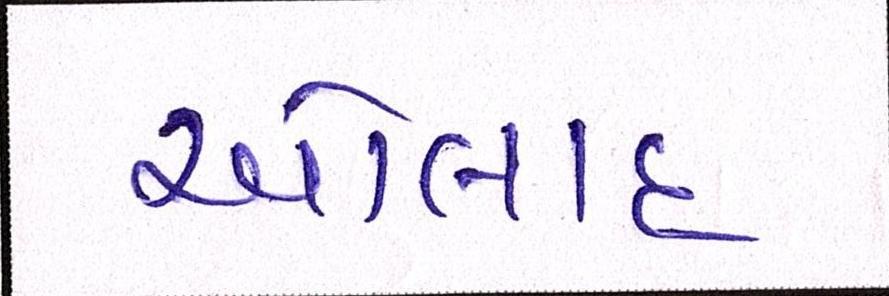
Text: ઓલાદ